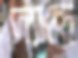
দ্যাছে